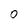
Character: O